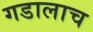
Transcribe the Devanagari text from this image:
गडालाच